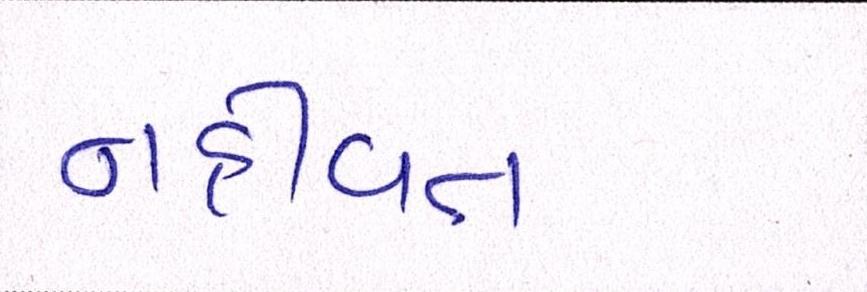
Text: નહીંવત